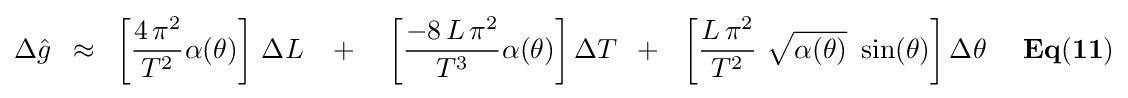
\Delta {\hat {g}}\,\,\,\approx \,\,\,\left[{{{4\,\pi ^{2}} \over {T^{2}}}\alpha (\theta )}\right]\,\Delta L\,\,\,\,\,+\,\,\,\,\,\,\left[{{{-8\,L\,\pi ^{2}} \over {T^{3}}}\alpha (\theta )}\right]\Delta T\,\,\,+\,\,\,\,\left[{{{L\,\pi ^{2}} \over {T^{2}}}\,\,{\sqrt {\alpha (\theta )}}\,\,\sin(\theta )}\right]\Delta \theta {\mathbf {\,\,\,\,\,\,\,\,Eq(11)} }